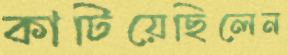
কাটিয়েছিলেন